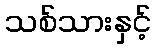
သစ်သားနှင့်